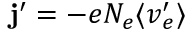
{ \mathbf j ^ { \prime } = - e N _ { e } \langle \boldsymbol v _ { e } ^ { \prime } \rangle }